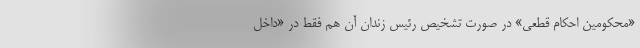
«محکومین احکام قطعی» در صورت تشخیص رئیس زندان آن هم فقط در «داخل